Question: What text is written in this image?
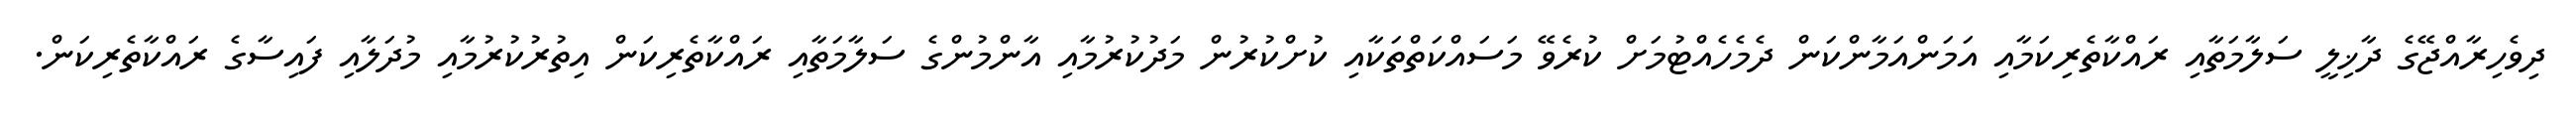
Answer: ދިވެހިރާއްޖޭގެ ދާޚިލީ ސަލާމަތާއި ރައްކާތެރިކަމާއި އަމަންއަމާންކަން ދެމެހެއްޓުމަށް ކުރެވޭ މަސައްކަތްތަކާއި ކުށްކުރުން މަދުކުރުމާއި އާންމުންގެ ސަލާމަތާއި ރައްކާތެރިކަން އިތުރުކުރުމާއި މުދަލާއި ފައިސާގެ ރައްކާތެރިކަން.